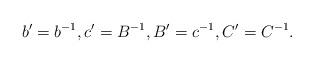
LaTeX: \begin{align*}b'=b^{-1},c'=B^{-1},B'=c^{-1},C'=C^{-1}.\end{align*}